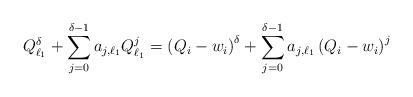
LaTeX: \begin{align*}Q_{\ell_1}^\delta+\sum\limits_{j=0}^{\delta-1}a_{j,\ell_1}Q_{\ell_1}^j=\left(Q_i-w_i\right)^\delta+\sum\limits_{j=0}^{\delta-1}a_{j,\ell_1}\left(Q_i-w_i\right)^j\end{align*}